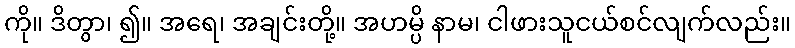
ကို။ ဒိတွာ၊ ၍။ အရေ၊ အချင်းတို့။ အဟမ္ပိ နာမ၊ ငါဖားသူငယ်စင်လျက်လည်း။